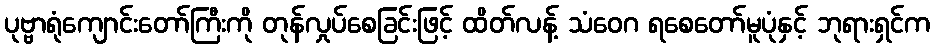
ပုဗ္ဗာရုံကျောင်းတော်ကြီးကို တုန်လှုပ်စေခြင်းဖြင့် ထိတ်လန့် သံဝေဂ ရစေတော်မူပုံနှင့် ဘုရားရှင်က